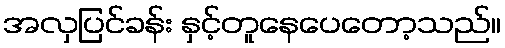
အလှပြင်ခန်း နှင့်တူနေပေတော့သည်။